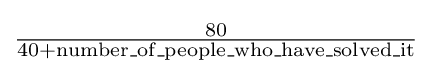
{\tfrac {80}{40+\mathrm {number\_of\_people\_who\_have\_solved\_it} }}